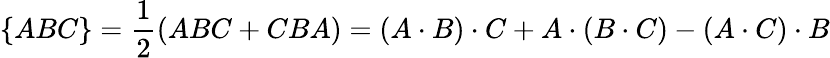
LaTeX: \{ ABC\} =\frac{1}{2}(ABC+CBA)=(A\cdot B)\cdot C+A\cdot(B\cdot C)-(A\cdot C)\cdot B